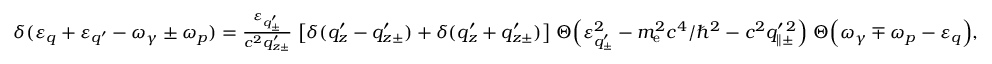
\begin{array} { r } { \delta ( \varepsilon _ { q } + \varepsilon _ { q ^ { \prime } } - \omega _ { \gamma } \pm \omega _ { p } ) = \frac { \varepsilon _ { q _ { \pm } ^ { \prime } } } { c ^ { 2 } q _ { z \pm } ^ { \prime } } \; \big [ \delta ( q _ { z } ^ { \prime } - q _ { z \pm } ^ { \prime } ) + \delta ( q _ { z } ^ { \prime } + q _ { z \pm } ^ { \prime } ) \big ] \; \Theta \Big ( \varepsilon _ { q _ { \pm } ^ { \prime } } ^ { 2 } - m _ { \mathrm { e } } ^ { 2 } c ^ { 4 } / \hbar ^ { 2 } - c ^ { 2 } q _ { \parallel \pm } ^ { \prime \, 2 } \Big ) \; \Theta \Big ( \omega _ { \gamma } \mp \omega _ { p } - \varepsilon _ { q } \Big ) , } \end{array}